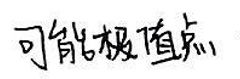
可能极值点